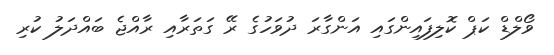
ވޯލްޑް ކަޕް ކޮލިފައިންގައި އަންގާރަ ދުވަހުގެ ރޭ ގަތަރާއި ރާއްޖެ ބައްދަލު ކުރި